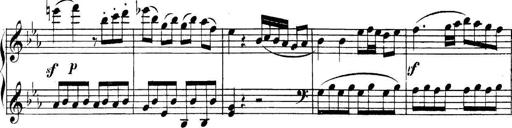
Title: Collected Piano Sonatas
Composer: Muzio Clementi